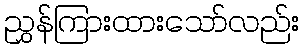
ညွှန်ကြားထားသော်လည်း